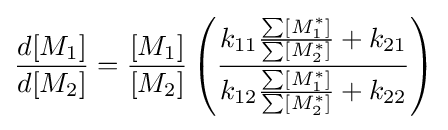
{\frac {d[M_{1}]}{d[M_{2}]}}={\frac {[M_{1}]}{[M_{2}]}}\left({\frac {k_{11}{\frac {\sum [M_{1}^{*}]}{\sum [M_{2}^{*}]}}+k_{21}}{k_{12}{\frac {\sum [M_{1}^{*}]}{\sum [M_{2}^{*}]}}+k_{22}}}\right)